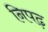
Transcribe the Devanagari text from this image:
निपढ़